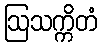
ဩသက္ကိတံ